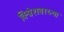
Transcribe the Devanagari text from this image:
विश्वेशवरय्या